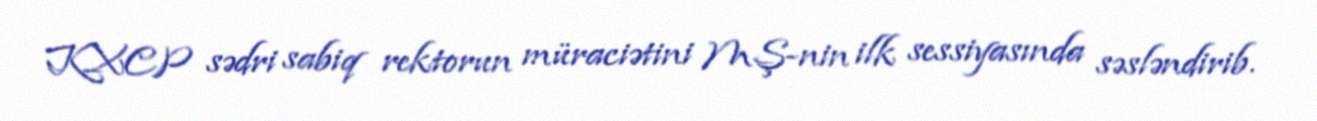
KXCP sədri sabiq rektorun müraciətini MŞ-nin ilk sessiyasında səsləndirib.